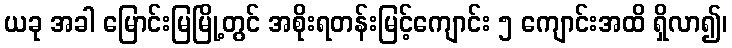
ယခု အခါ မြောင်းမြမြို့တွင် အစိုးရတန်းမြင့်ကျောင်း ၅ ကျောင်းအထိ ရှိလာ၍၊